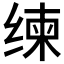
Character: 𱺧